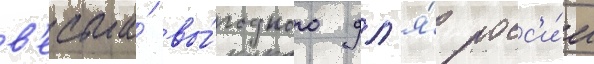
в'есьма́ вы́годного дл'я́ росс'и́и